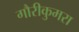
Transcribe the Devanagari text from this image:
गौरीकुमरा